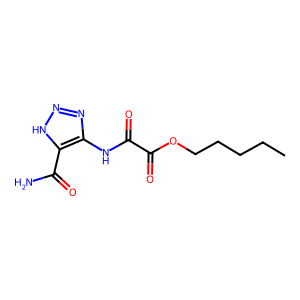
SMILES: CCCCCOC(=O)C(=O)Nc1nn[nH]c1C(N)=O
Inhibits HIV replication: No